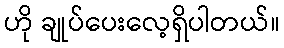
ဟို ချုပ်ပေးလေ့ရှိပါတယ်။